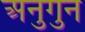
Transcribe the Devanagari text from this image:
अनुगुन